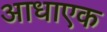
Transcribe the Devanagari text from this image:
आधाएक